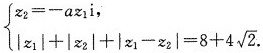
$$\left\{ \begin{matrix} z_{2}=-az_{1}i, \\ |z_{1}|+|z_{2}|+|z_{1}-z_{2}|=8+4 \sqrt{2}. \end{matrix} \right.$$